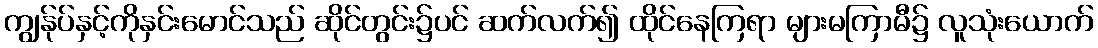
ကျွန်ုပ်နှင့်ကိုနှင်းမောင်သည် ဆိုင်တွင်း၌ပင် ဆက်လက်၍ ထိုင်နေကြရာ များမကြာမီ၌ လူသုံးယောက်